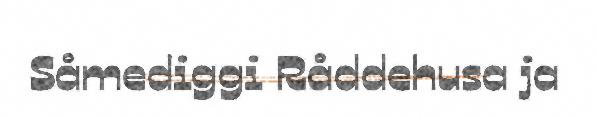
Såmediggi Råddehusa ja